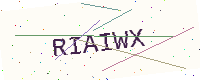
Text: RIAIWX